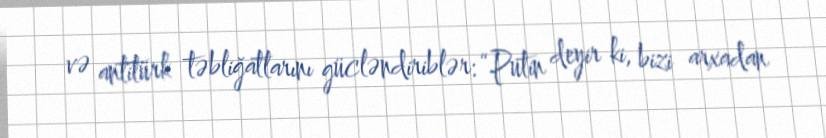
və antitürk təbliğatlarını gücləndiriblər: “Putin deyir ki, bizi arxadan